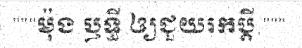
"""ម៉ុង ឫទ្ធី ឲ្យជួយរកប្តី,"""